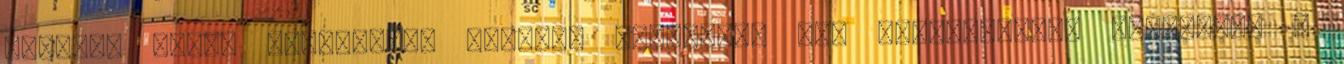
kedvese körül legyeskedő férfiak látszólag nem feszélyezték Léderert. A